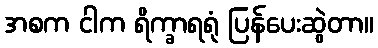
အစက ငါက ရိက္ခာရရုံ ပြန်ပေးဆွဲတာ။